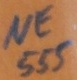
Text: NE555